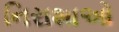
નિરાશાઓ